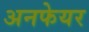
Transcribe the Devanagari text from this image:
अनफेयर